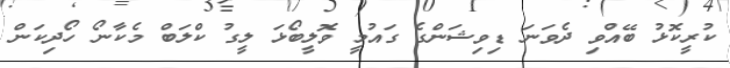
ކުރީކޮޅު ބޭއްވި ދެވަނަ ޑިވިޝަންގެ ގައުމީ ވޮލީބޯޅަ ލީގު ކްލަބް މެކާނޯ ހޯދިކަން